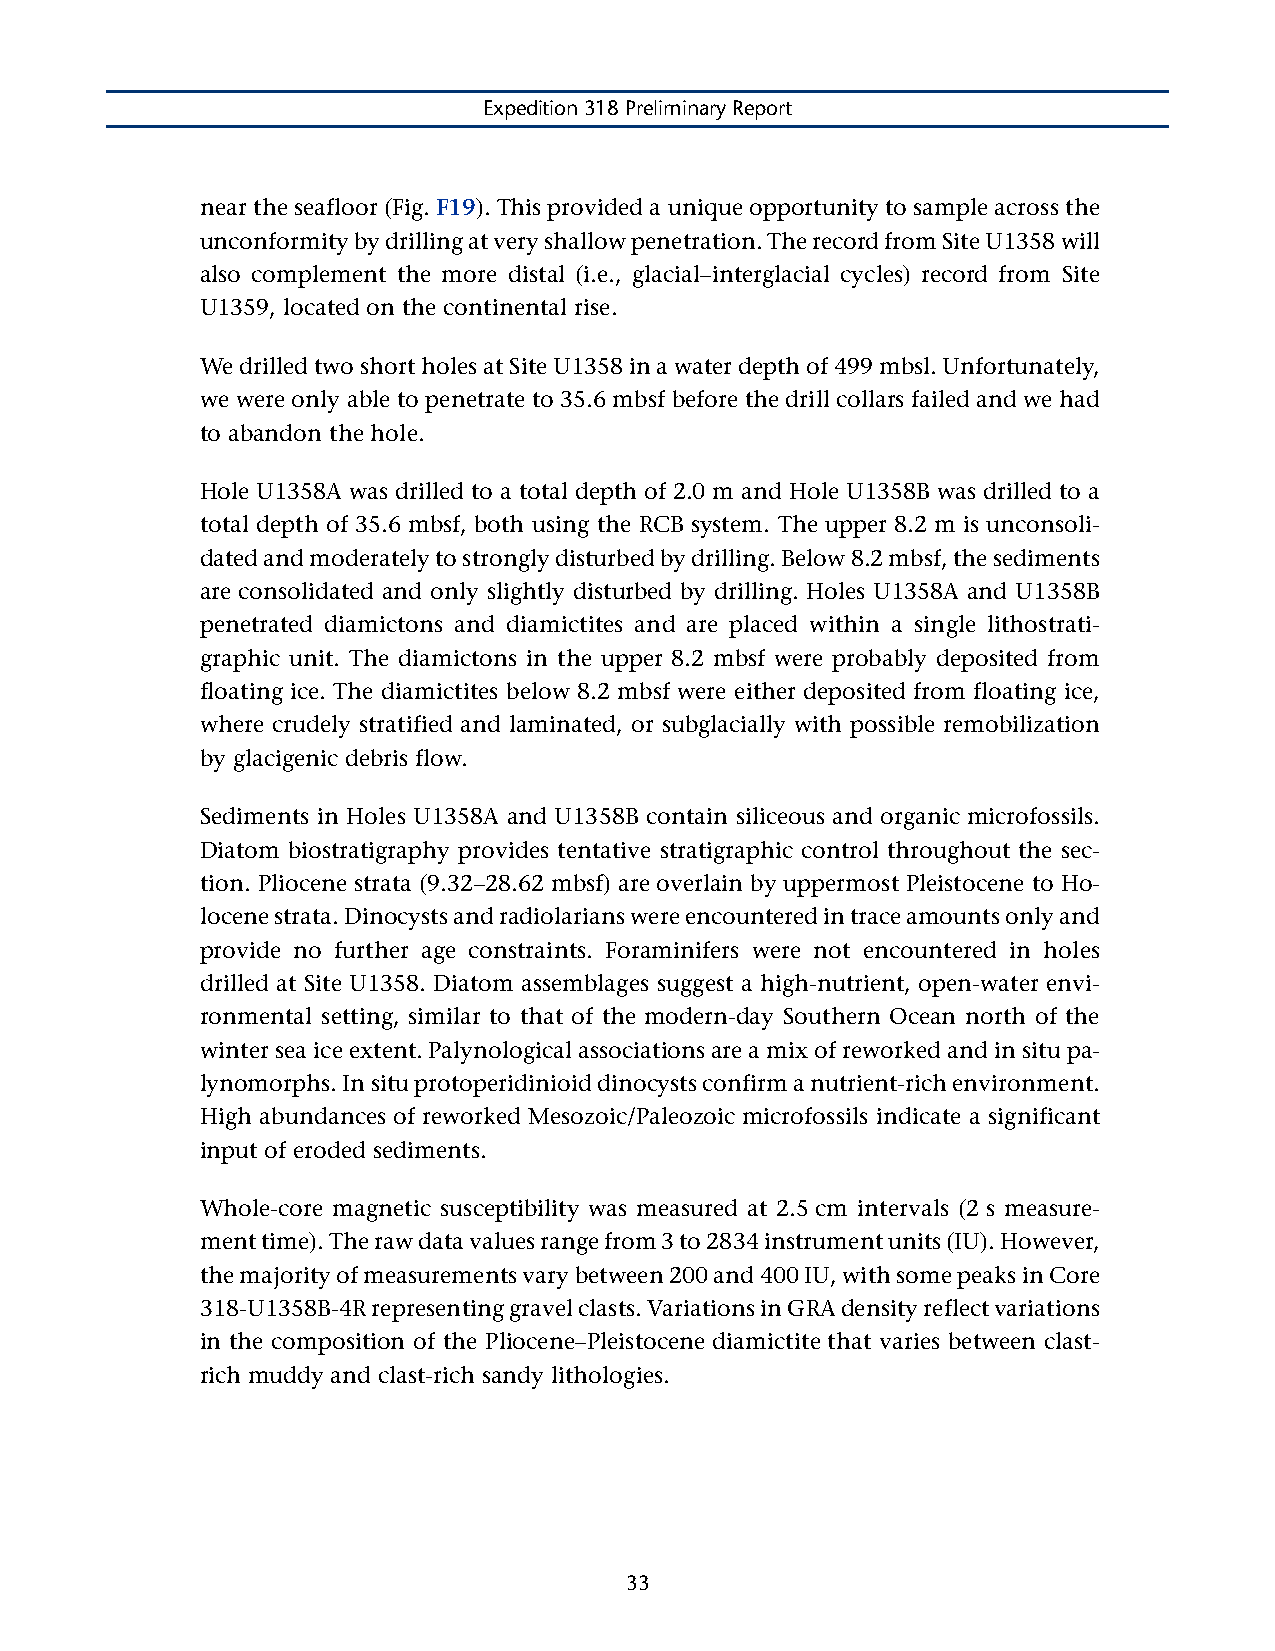
Expedition 318 Preliminary Report
 near the seafloor (Fig. F19). This provided a unique opportunity to sample across the
 unconformity by drilling at very shallow penetration. The record from Site U1358 will
 also complement the more distal (i.e., glacial–interglacial cycles) record from Site
 U1359, located on the continental rise.
 We drilled two short holes at Site U1358 in a water depth of 499 mbsl. Unfortunately,
 we were only able to penetrate to 35.6 mbsf before the drill collars failed and we had
 to abandon the hole.
 Hole U1358A was drilled to a total depth of 2.0 m and Hole U1358B was drilled to a
 total depth of 35.6 mbsf, both using the RCB system. The upper 8.2 m is unconsoli-
 dated and moderately to strongly disturbed by drilling. Below 8.2 mbsf, the sediments
 are consolidated and only slightly disturbed by drilling. Holes U1358A and U1358B
 penetrated diamictons and diamictites and are placed within a single lithostrati-
 graphic unit. The diamictons in the upper 8.2 mbsf were probably deposited from
 floating ice. The diamictites below 8.2 mbsf were either deposited from floating ice,
 where crudely stratified and laminated, or subglacially with possible remobilization
 by glacigenic debris flow.
 Sediments in Holes U1358A and U1358B contain siliceous and organic microfossils.
 Diatom biostratigraphy provides tentative stratigraphic control throughout the sec-
 tion. Pliocene strata (9.32–28.62 mbsf) are overlain by uppermost Pleistocene to Ho-
 locene strata. Dinocysts and radiolarians were encountered in trace amounts only and
 provide no further age constraints. Foraminifers were not encountered in holes
 drilled at Site U1358. Diatom assemblages suggest a high-nutrient, open-water envi-
 ronmental setting, similar to that of the modern-day Southern Ocean north of the
 winter sea ice extent. Palynological associations are a mix of reworked and in situ pa-
 lynomorphs. In situ protoperidinioid dinocysts confirm a nutrient-rich environment.
 High abundances of reworked Mesozoic/Paleozoic microfossils indicate a significant
 input of eroded sediments.
 Whole-core magnetic susceptibility was measured at 2.5 cm intervals (2 s measure-
 ment time). The raw data values range from 3 to 2834 instrument units (IU). However,
 the majority of measurements vary between 200 and 400 IU, with some peaks in Core
 318-U1358B-4R representing gravel clasts. Variations in GRA density reflect variations
 in the composition of the Pliocene–Pleistocene diamictite that varies between clast-
 rich muddy and clast-rich sandy lithologies.
 33